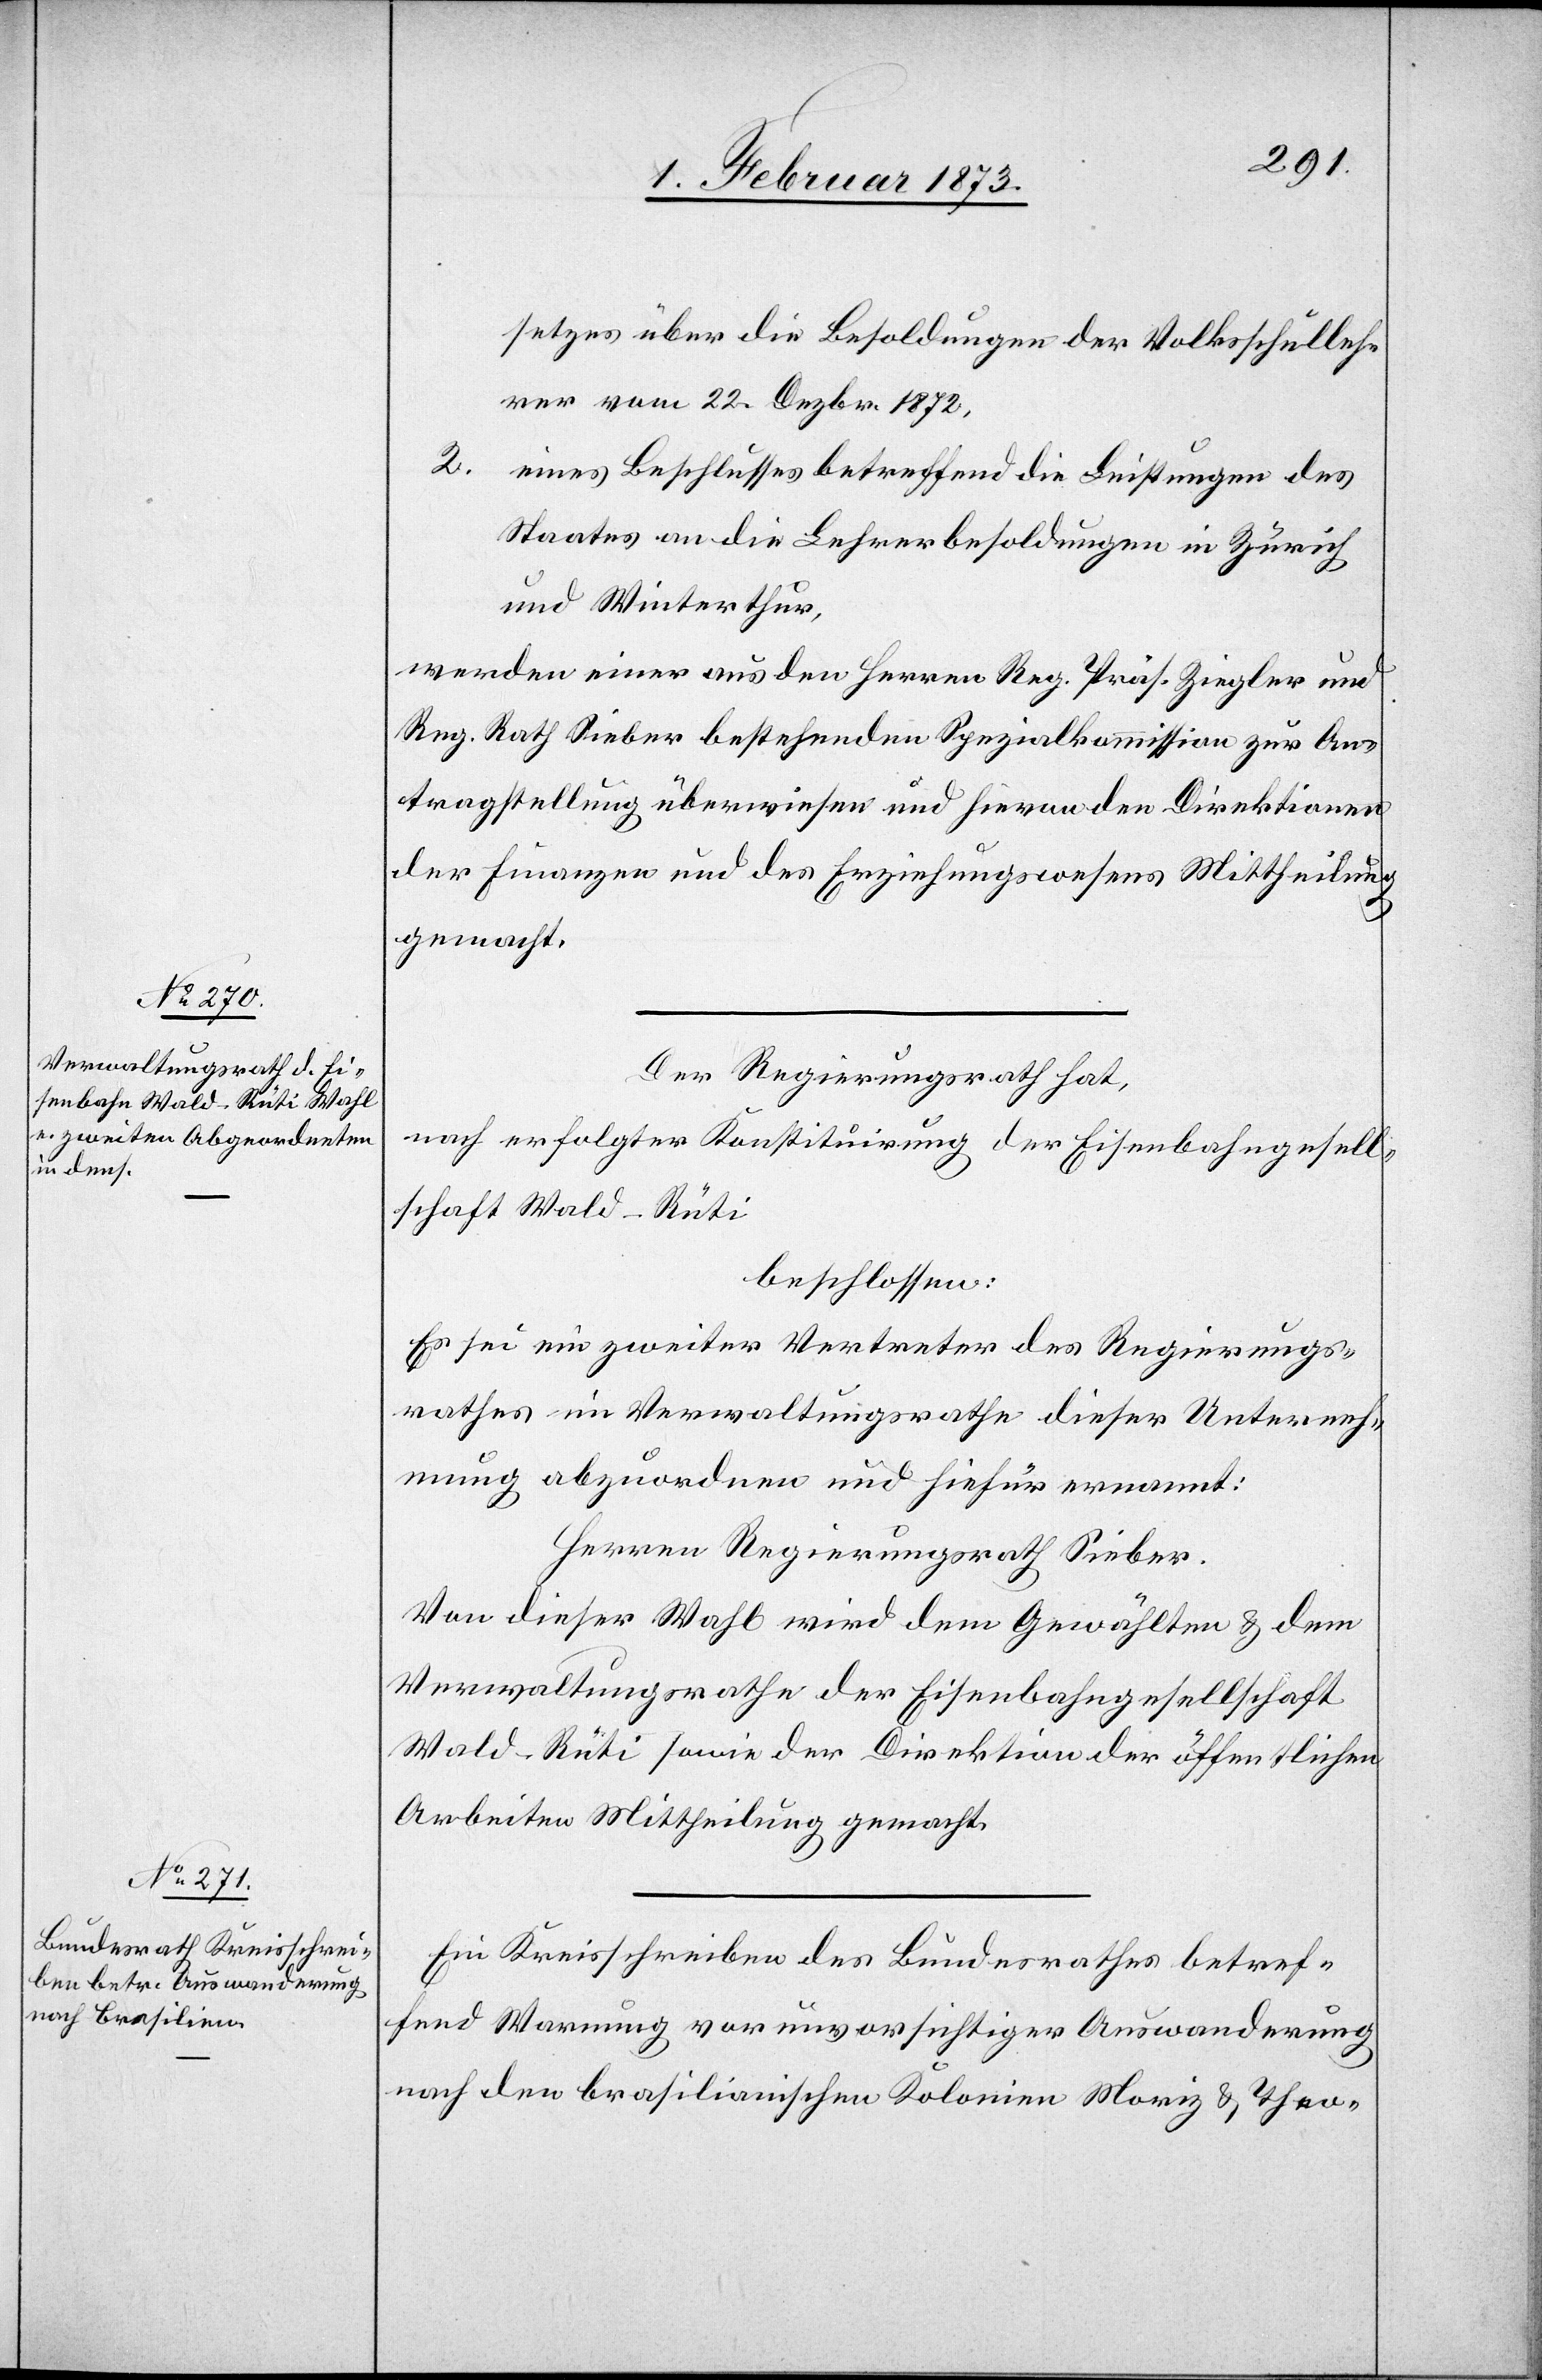
setzes über die Besoldungen der Volksschulleh¬
rer vom 22. Dezbr. 1872,
2. eines Beschlusses betreffend die Leistungen des
Staates an die Lehrerbesoldungen in Zürich
und Winterthur,
werden einer aus den Herren Reg. Präs. Ziegler und
Re. Rath Sieber bestehenden Spezialkommission zur An¬
tragstellung überwiesen und hievon den Direktionen
der Finanzen und des Erziehungswesens Mittheilung
gemacht.
Der Regierungsrath hat,
nach erfolgter Konstituirung der Eisenbahngesell¬
schaft Wald–Rüti
beschlossen:
Es sei ein zweiter Vertreter des Regierungs¬
rathes im Verwaltungsrathe dieser Unterneh¬
mung abzuordnen und hiefür ernannt:
Herren Regierungsrath Sieber.
Von dieser Wahl wird dem Gewählten u. dem
Verwaltungsrathe der Eisenbahngesellschaft
Wald–Rüti sowie der Direktion der öffentlichen
Arbeiten Mittheilung gemacht.
Ein Kreisschreiben des Bundesrathes betref¬
fend Warnung vor unvorsichtiger Auswanderung
nach den brasilianischen Kolonien Moriz u. Theo-